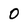
Character: O